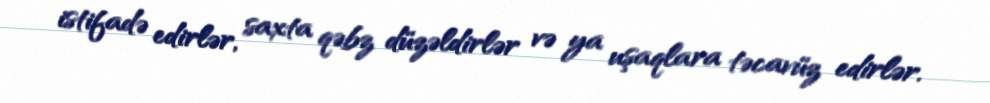
istifadə edirlər, saxta qəbz düzəldirlər və ya uşaqlara təcavüz edirlər.